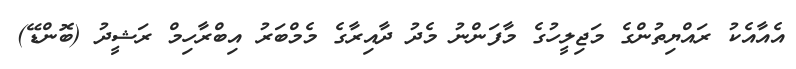
އެއާއެކު ރައްޔިތުންގެ މަޖިލީހުގެ މާފަންނު މެދު ދާއިރާގެ މެމްބަރު އިބްރާހިމް ރަޝީދު (ބޮންޑޭ)